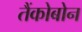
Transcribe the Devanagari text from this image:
तैंकोबोन